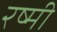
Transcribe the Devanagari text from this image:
रष्मी